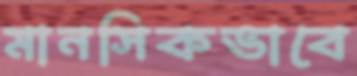
মানসিকভাবে